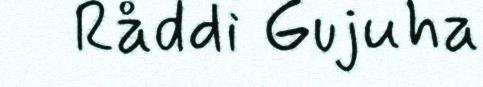
Råddi Gujuha